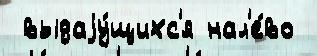
 выдаjу́щихс'я нал'е́во